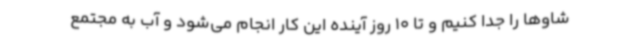
شاوها را جدا کنیم و تا 10 روز آینده این کار انجام می‌شود و آب به مجتمع